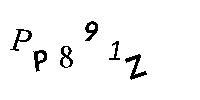
PP891Z